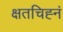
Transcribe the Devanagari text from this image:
क्षतचिह्नं